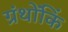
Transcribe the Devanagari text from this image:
ग्रंथोंकिं